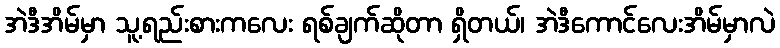
အဲဒီအိမ်မှာ သူ့ရည်းစားကလေး ရစ်ချက်ဆိုတာ ရှိတယ်၊ အဲဒီကောင်လေးအိမ်မှာလဲ